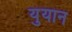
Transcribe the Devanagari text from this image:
युयान